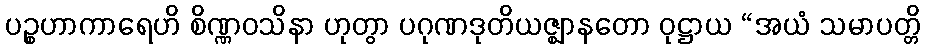
ပဉ္စဟာကာရေဟိ စိဏ္ဏဝသိနာ ဟုတွာ ပဂုဏဒုတိယဇ္ဈာနတော ဝုဋ္ဌာယ “အယံ သမာပတ္တိ